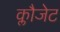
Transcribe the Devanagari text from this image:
क्लौजेट